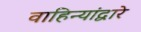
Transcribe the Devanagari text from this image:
वाहिन्यांद्वारे